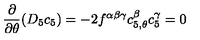
\frac { \partial } { \partial \theta } ( D _ { 5 } c _ { 5 } ) = - 2 f ^ { \alpha \beta \gamma } c _ { 5 , \theta } ^ { \beta } c _ { 5 } ^ { \gamma } = 0